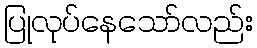
ပြုလုပ်နေသော်လည်း